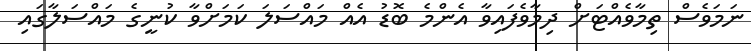
ނަމަވެސް ތިމާވެއްޓަށް ދިމާވެފައިވާ އެންމެ ބޮޑު އެއް މައްސަލަ ކަމަށްވާ ކުނީގެ މައްސަލާގައި